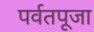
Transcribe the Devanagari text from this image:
पर्वतपूजा